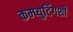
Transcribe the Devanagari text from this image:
कम्प्युटिंगशी